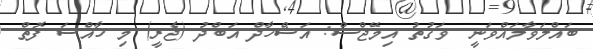
ބަައްލަވާލައްވަނީ  ވަގުތު އިމޭޖްސް: އަޝްހާދް އަބްދު (ޖެރީ) މި ޚާއްސަ ފޮތް